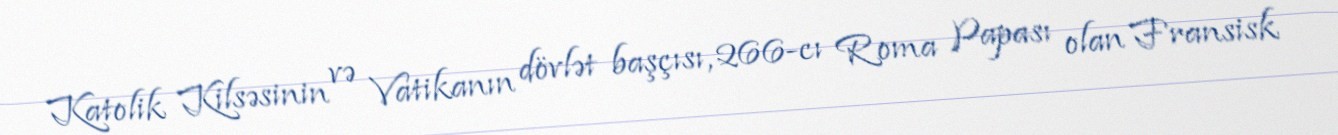
Katolik Kilsəsinin və Vatikanın dövlət başçısı, 266-cı Roma Papası olan Fransisk